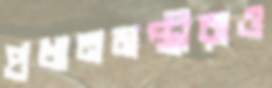
প্রধানমন্ত্রীরাও